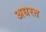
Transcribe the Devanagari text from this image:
अधरत